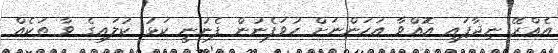
އެއްރޭ ނިދާފައި އޮއްވާ އަހަންނަށް ހުވަފެނުން ފެނުނީ ކަޅު ކުލައިގެ ވާ ތަކެއް